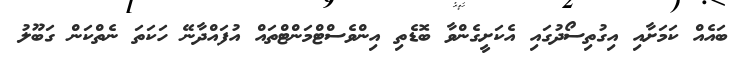
ބައެއް ކަމަށާއި އިގުތިސޯދުގައި އެކަށީގެންވާ ބޮޑެތި އިންވެސްޓްމަންޓްތައް އުފައްދާނޭ ހަކަތަ ނެތްކަން ގަބޫލު